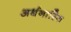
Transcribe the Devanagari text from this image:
अर्धनास्ति